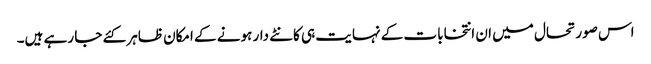
اس صورتحال میں ان انتخابات کے نہایت ہی کانٹے دار ہونے کے امکان ظاہر کئے جا رہے ہیں۔